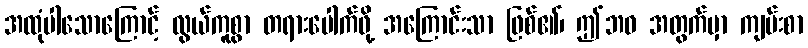
အထုံပါသောကြောင့် လွယ်ကူစွာ တရားပေါက်ဖို့ အကြောင်းသာ ဖြစ်၏၊ ဤဘဝ အတွက်မှာ ကျမ်းစာ